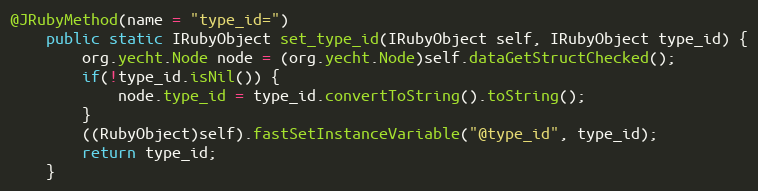
Language: Java
@JRubyMethod(name = "type_id=")
    public static IRubyObject set_type_id(IRubyObject self, IRubyObject type_id) {
        org.yecht.Node node = (org.yecht.Node)self.dataGetStructChecked();
        if(!type_id.isNil()) {
            node.type_id = type_id.convertToString().toString();
        }
        ((RubyObject)self).fastSetInstanceVariable("@type_id", type_id);
        return type_id;
    }